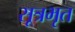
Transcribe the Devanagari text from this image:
सूत्रभृत